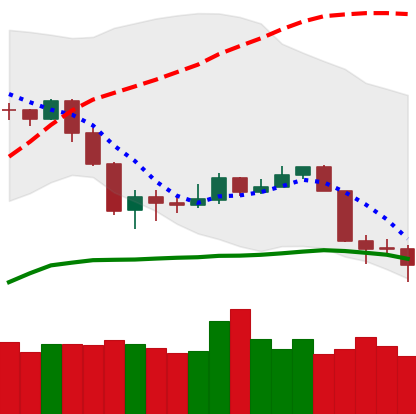
Ticker: NEO-USD
Chart end date: 2020-03-11
Forward return: -42.828%
Label: down_7plus